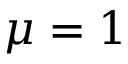
\mu = 1